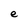
Character: e